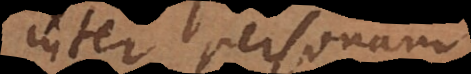
inter personam